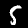
Digit: 5